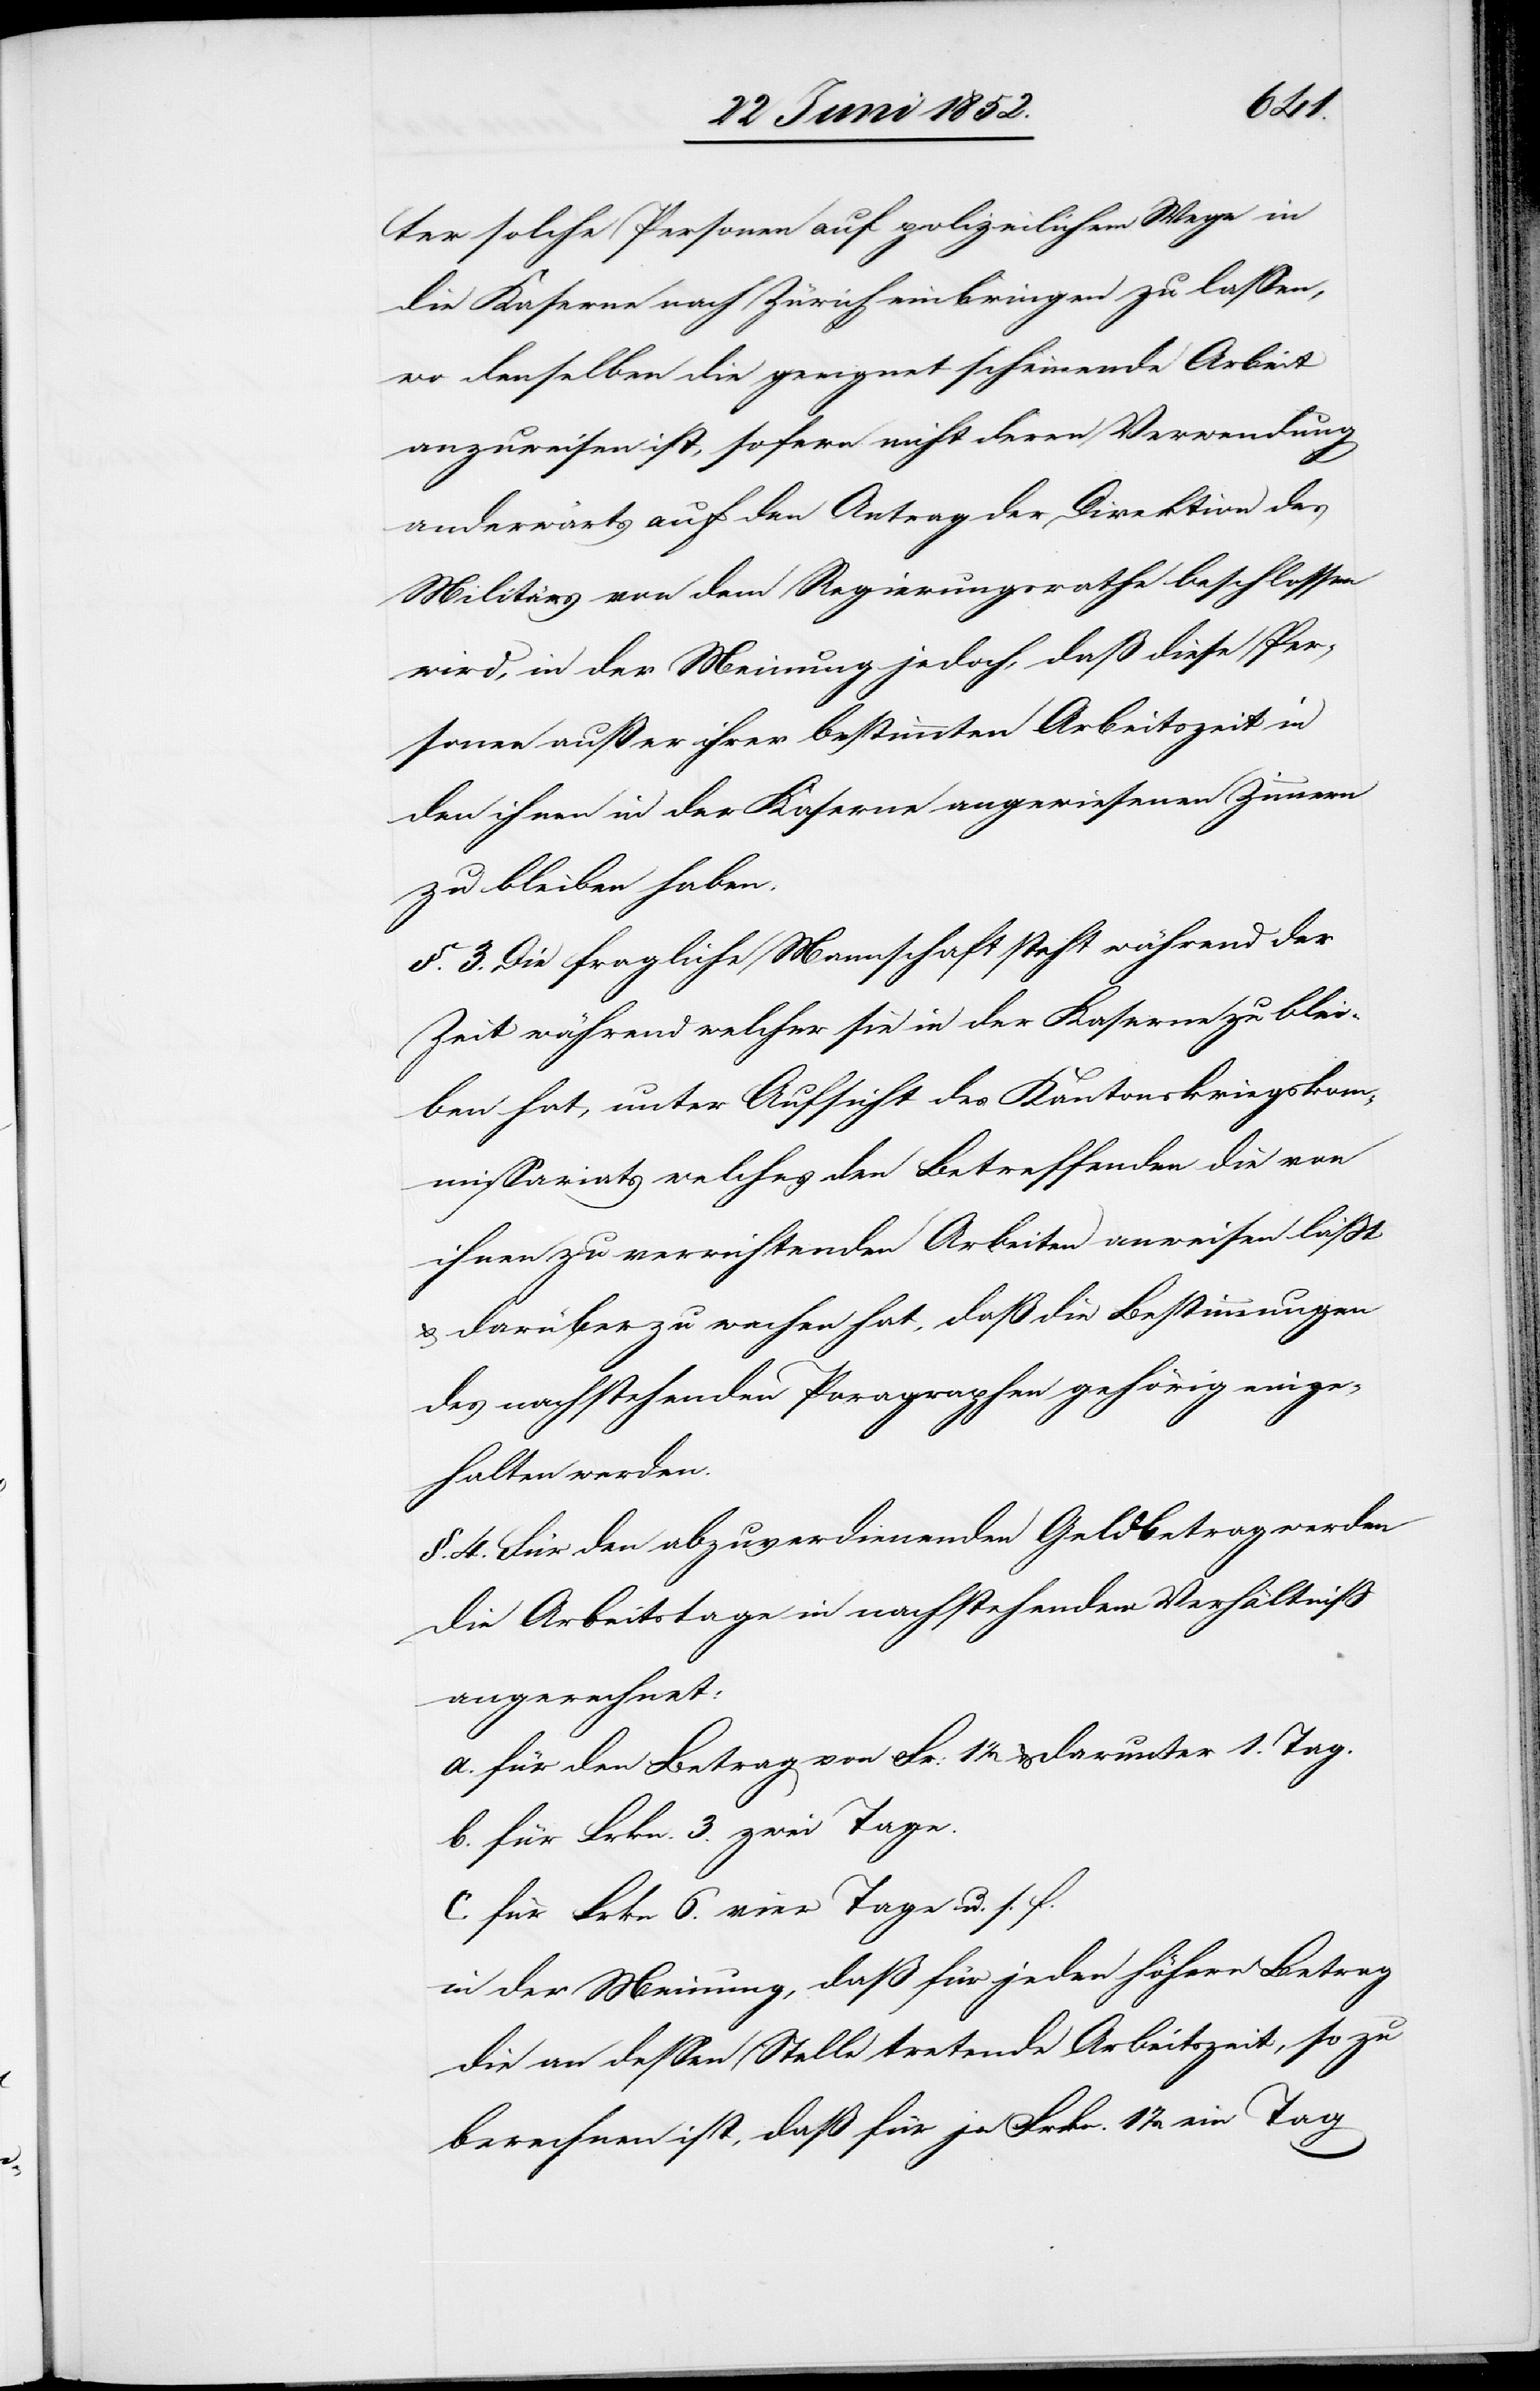
ter solche Personen auf polizeilichem Wege in
die Kaserne nach Zürich einbringen zu lassen,
wo denselben die geeignet scheinende Arbeit
anzuweisen ist, sofern nicht deren Verwendung
anderwärts auf den Antrag der Direktion des
Militärs von dem Regierungsrathe beschlossen
wird, in der Meinung jedoch, daß diese Per¬
sonen außer ihrer bestimmten Arbeitszeit in
den ihnen in der Kaserne angewiesenen Zimmern
zu bleiben haben.
§. 3. Die fragliche Mannschaft steht während der
Zeit während welcher sie in der Kaserne zu blei¬
ben hat, unter Aufsicht des Kantonskriegskomm¬
issariats welches den Betreffenden die von
ihnen zu verrichtenden Arbeiten anweisen läßt
& darüber zu wachen hat, daß die Bestimmungen
des nachstehenden Paragraphen gehörig einge¬
halten werden.
§. 4. Für den abzuverdienenden Geldbetrag werden
die Arbeitstage in nachstehendem Verhältniß
angerechnet:
a. für den Betrag von Fr: 12 & darunter 1. Tag.
b. für Frkn. 3. zwei Tage.
c. für Frkn. 6. vier Tage u. s. f.
in der Meinung, daß für jeden höhern Betrag
die an dessen Stelle tretende Arbeitszeit, so zu
berechnen ist, daß für je Frkn. 1 1/2 ein Tag